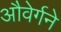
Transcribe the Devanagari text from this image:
औवेर्गने